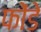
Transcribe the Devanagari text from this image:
फोंडे